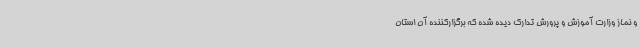
و نماز وزارت آموزش و پرورش تدارک دیده شده که برگزارکننده آن استان